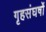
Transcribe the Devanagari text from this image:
गृहसंघर्षों